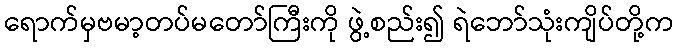
ရောက်မှဗမာ့တပ်မတော်ကြီးကို ဖွဲ့စည်း၍ ရဲဘော်သုံးကျိပ်တို့က